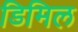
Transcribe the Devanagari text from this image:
डिमिल